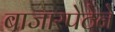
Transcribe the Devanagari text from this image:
बाजारपेठेने